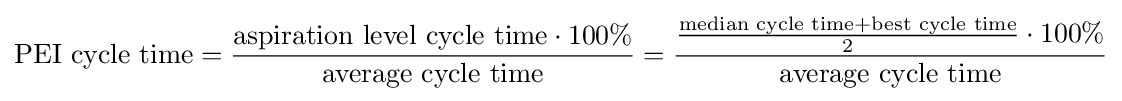
{\text{PEI cycle time}}={\frac {{\text{aspiration level cycle time}}\cdot 100\%}{\text{average cycle time}}}={\frac {{\frac {{\text{median cycle time}}+{\text{best cycle time}}}{2}}\cdot 100\%}{\text{average cycle time}}}